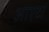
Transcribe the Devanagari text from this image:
आएटा